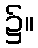
၌။